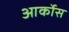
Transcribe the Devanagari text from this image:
आर्कोस